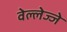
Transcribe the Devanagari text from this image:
वेल्लेज्जे